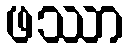
ဖဿာ